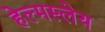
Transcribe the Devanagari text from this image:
हेल्मस्लेय